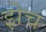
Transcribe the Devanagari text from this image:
झेच